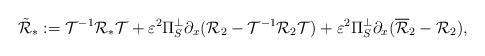
LaTeX: \begin{align*}\tilde{\mathcal{R}}_*:=\mathcal{T}^{-1} \mathcal{R}_* \mathcal{T}+\varepsilon^2 \Pi_S^{\perp} \partial_x (\mathcal{R}_2-\mathcal{T}^{-1} \mathcal{R}_2 \mathcal{T})+\varepsilon^2\Pi_S^{\perp} \partial_x (\overline{\mathcal{R}}_2-\mathcal{R}_2),\end{align*}